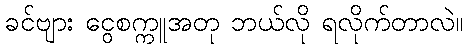
ခင်ဗျား ငွေစက္ကူအတု ဘယ်လို ရလိုက်တာလဲ။